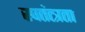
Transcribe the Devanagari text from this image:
स्वतंत्त्रता